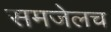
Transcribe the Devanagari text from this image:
समजेलच